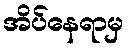
အိပ်နေရာမှ